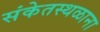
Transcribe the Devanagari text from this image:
संकेतस्थळाना